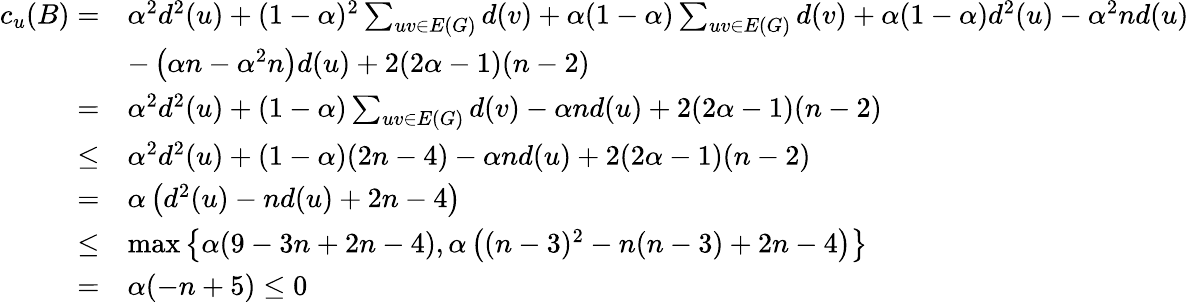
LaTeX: \begin{array}{rl}{c_{u}(B)=}&{\alpha^{2}d^{2}(u)+(1-\alpha)^{2}\sum_{uv\in E(G)}d(v)+\alpha(1-\alpha)\sum_{uv\in E(G)}d(v)+\alpha(1-\alpha)d^{2}(u)-\alpha^{2}nd(u)}\\ &{-\left(\alpha n-\alpha^{2}n\right)d(u)+2(2\alpha-1)(n-2)}\\ {=}&{\alpha^{2}d^{2}(u)+(1-\alpha)\sum_{uv\in E(G)}d(v)-\alpha nd(u)+2(2\alpha-1)(n-2)}\\ {\leq}&{\alpha^{2}d^{2}(u)+(1-\alpha)(2n-4)-\alpha nd(u)+2(2\alpha-1)(n-2)}\\ {=}&{\alpha\left(d^{2}(u)-nd(u)+2n-4\right)}\\ {\leq}&{\operatorname*{max}\left\{ \alpha(9-3n+2n-4),\alpha\left((n-3)^{2}-n(n-3)+2n-4\right)\right\} }\\ {=}&{\alpha(-n+5)\leq 0}\end{array}